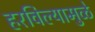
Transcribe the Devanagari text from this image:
हरविल्यामुळे